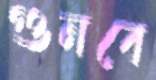
গুনবে